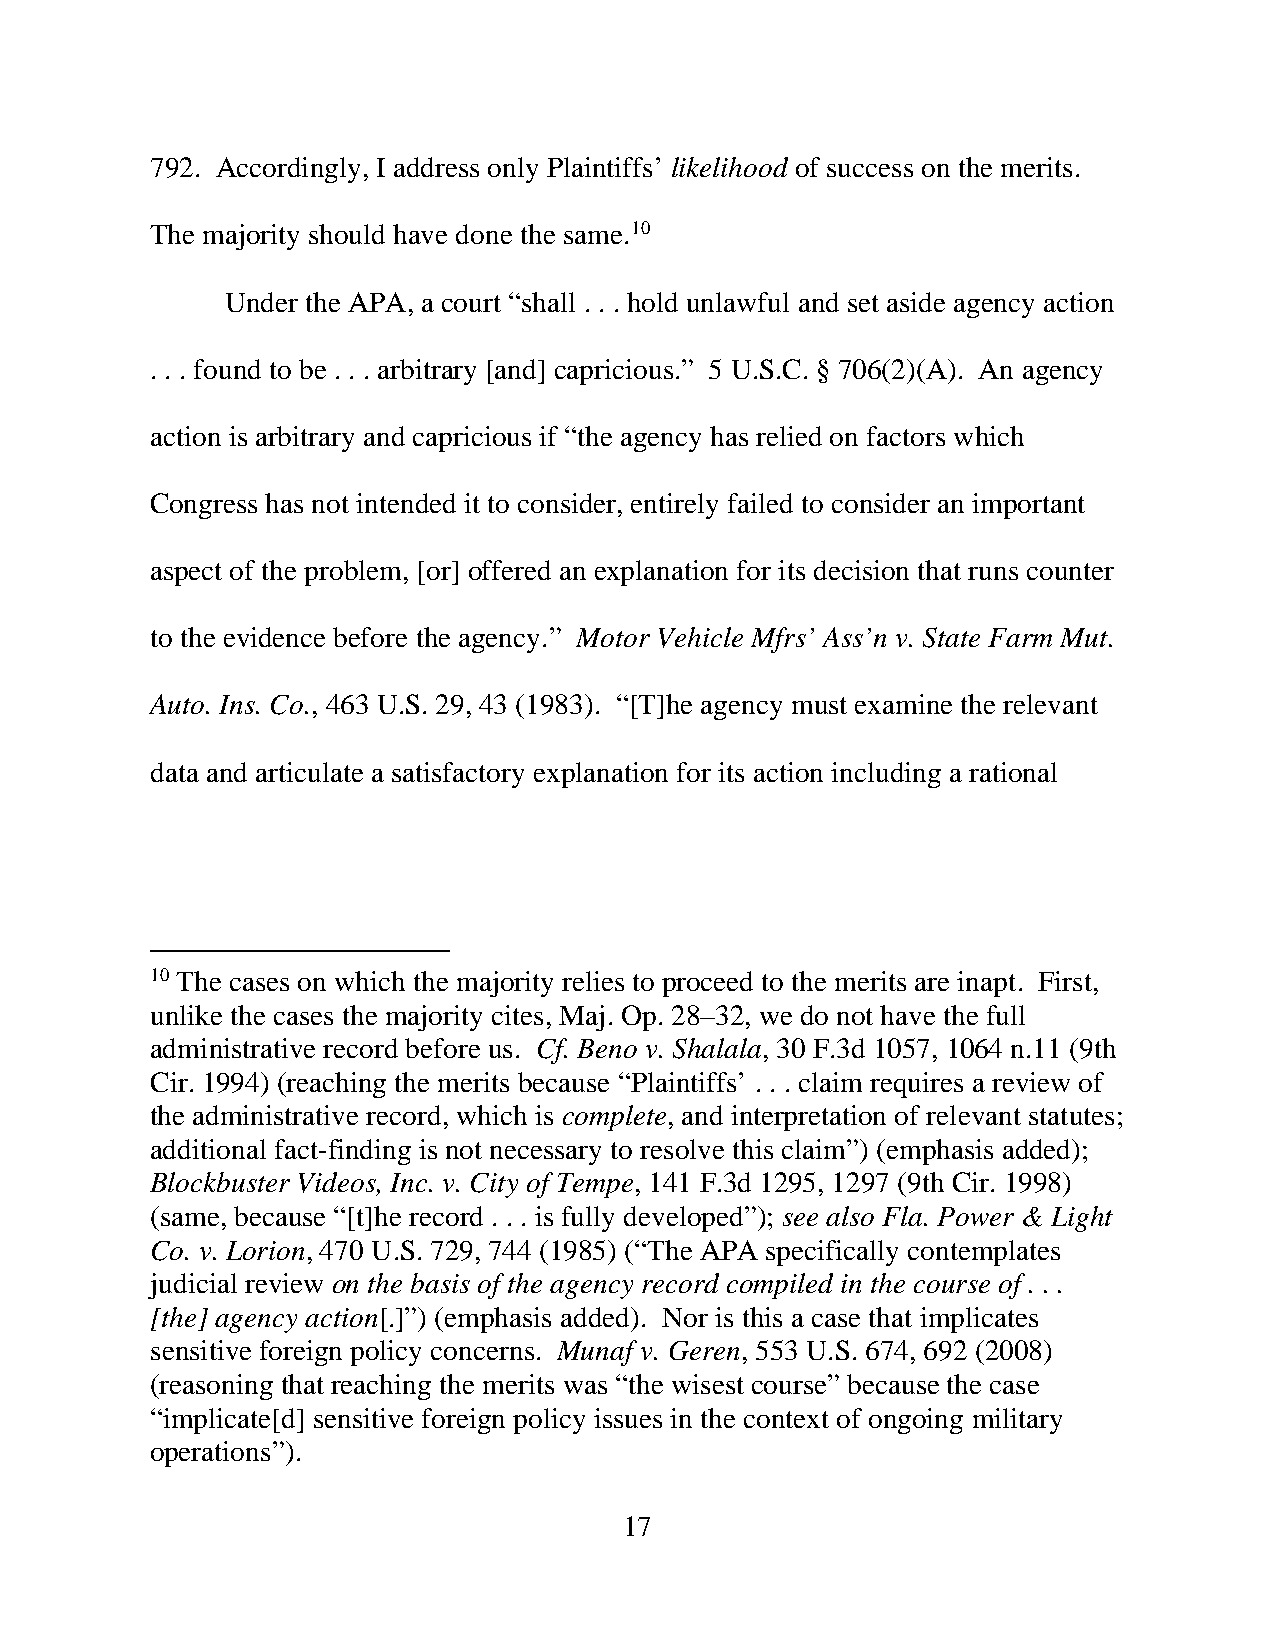
792. Accordingly, I address only Plaintiffs’ likelihood of success on the merits.
 The majority should have done the same.10
 Under the APA, a court “shall . . . hold unlawful and set aside agency action
 . . . found to be . . . arbitrary [and] capricious.” 5 U.S.C. § 706(2)(A). An agency
 action is arbitrary and capricious if “the agency has relied on factors which
 Congress has not intended it to consider, entirely failed to consider an important
 aspect of the problem, [or] offered an explanation for its decision that runs counter
 to the evidence before the agency.” Motor Vehicle Mfrs’ Ass’n v. State Farm Mut.
 Auto. Ins. Co., 463 U.S. 29, 43 (1983). “[T]he agency must examine the relevant
 data and articulate a satisfactory explanation for its action including a rational
 10 The cases on which the majority relies to proceed to the merits are inapt. First,
 unlike the cases the majority cites, Maj. Op. 28–32, we do not have the full
 administrative record before us. Cf. Beno v. Shalala, 30 F.3d 1057, 1064 n.11 (9th
 Cir. 1994) (reaching the merits because “Plaintiffs’ . . . claim requires a review of
 the administrative record, which is complete, and interpretation of relevant statutes;
 additional fact-finding is not necessary to resolve this claim”) (emphasis added);
 Blockbuster Videos, Inc. v. City of Tempe, 141 F.3d 1295, 1297 (9th Cir. 1998)
 (same, because “[t]he record . . . is fully developed”); see also Fla. Power & Light
 Co. v. Lorion, 470 U.S. 729, 744 (1985) (“The APA specifically contemplates
 judicial review on the basis of the agency record compiled in the course of . . .
 [the] agency action[.]”) (emphasis added). Nor is this a case that implicates
 sensitive foreign policy concerns. Munaf v. Geren, 553 U.S. 674, 692 (2008)
 (reasoning that reaching the merits was “the wisest course” because the case
 “implicate[d] sensitive foreign policy issues in the context of ongoing military
 operations”).
 17